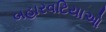
બહારવટિયાઓ